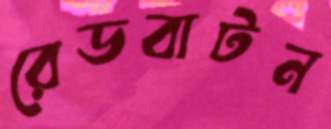
রেডবাটন